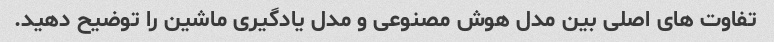
تفاوت های اصلی بین مدل هوش مصنوعی و مدل یادگیری ماشین را توضیح دهید.